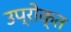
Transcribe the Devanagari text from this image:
उप्रोक्त